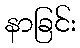
နာခြင်း